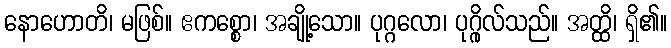
နောဟောတိ၊ မဖြစ်။ ဧကစ္စော၊ အချို့သော။ ပုဂ္ဂလော၊ ပုဂ္ဂိုလ်သည်။ အတ္ထိ၊ ရှိ၏။